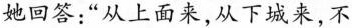
她回答：”从上面来，从下城来，不